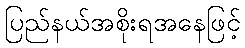
ပြည်နယ်အစိုးရအနေဖြင့်